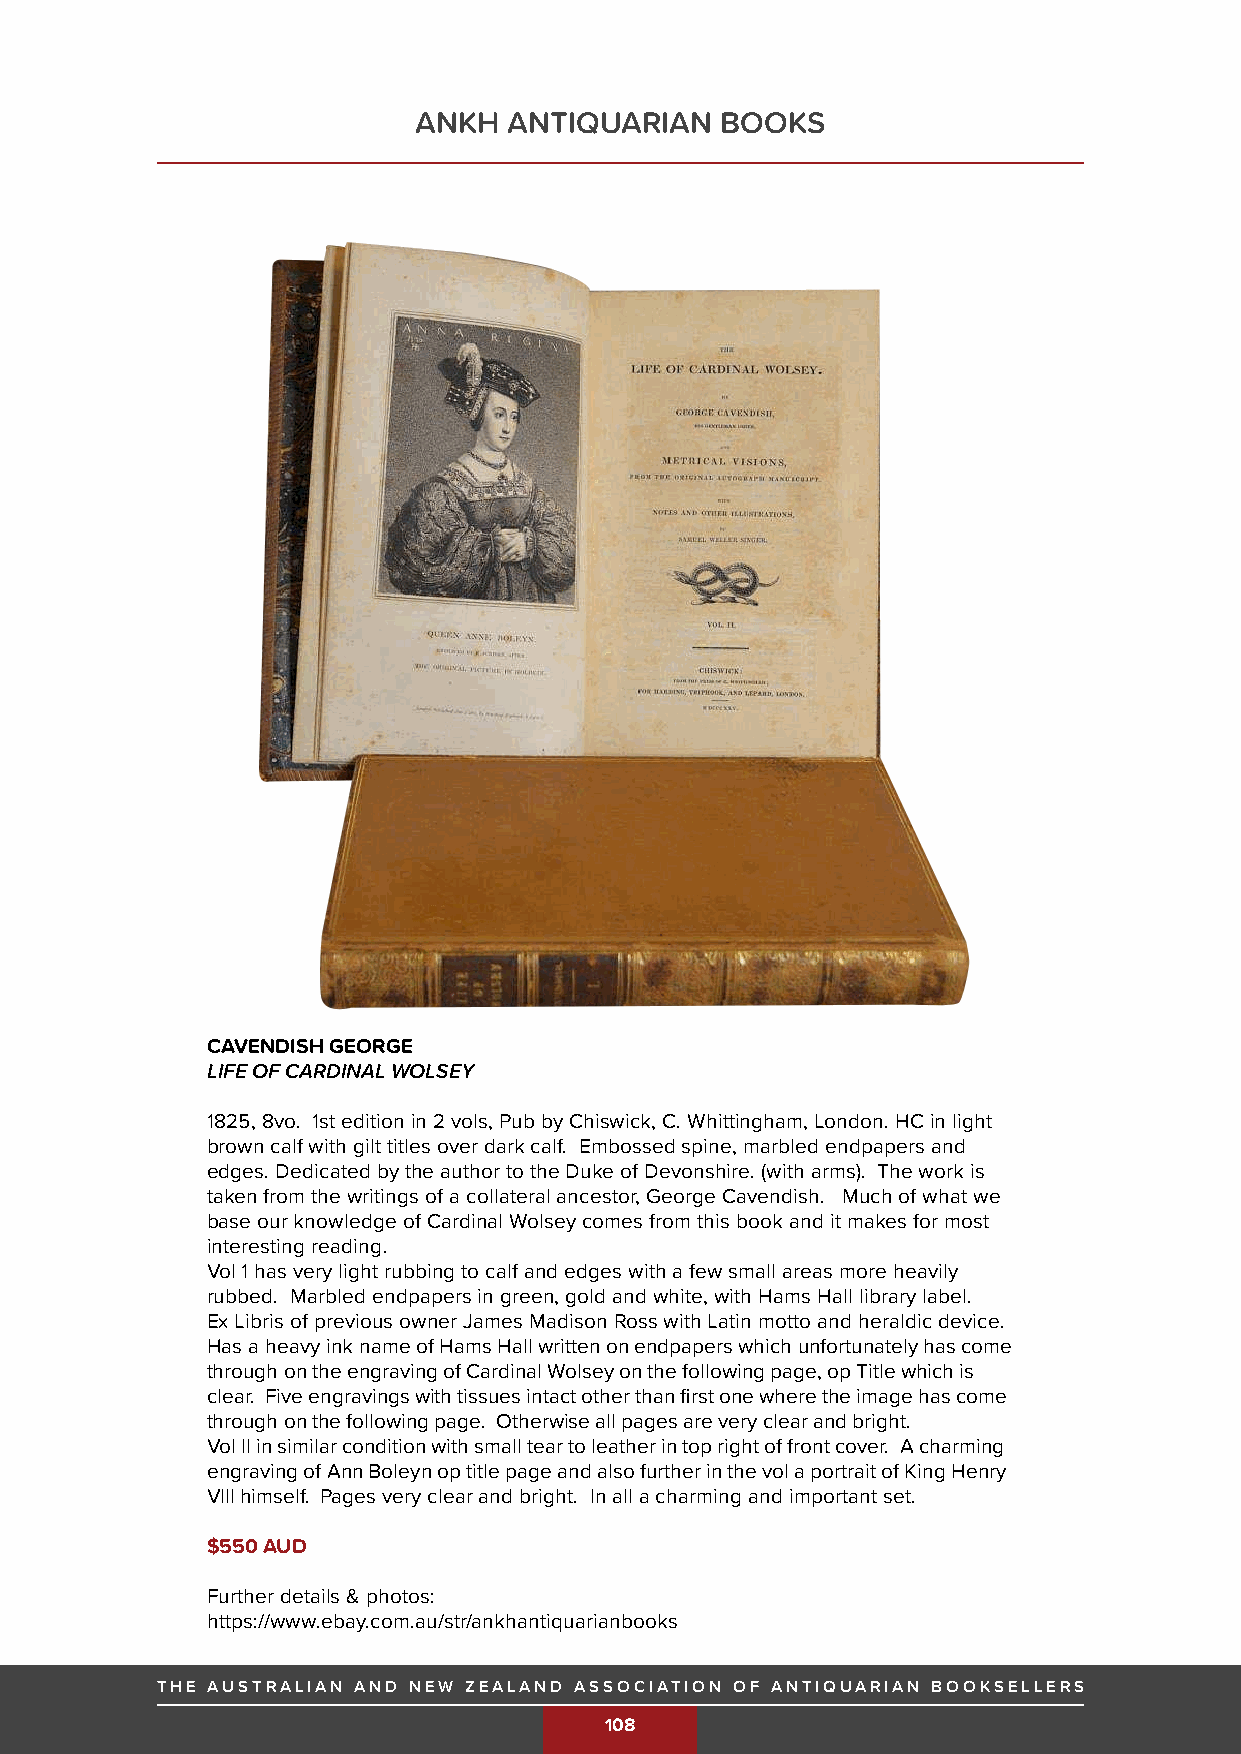
ANKH   ANTIQUARIAN   BOOKS
 CAVENDISH GEORGE
 LIFE OF CARDINAL WOLSEY
 1825, 8vo. 1st edition in 2 vols, Pub by Chiswick, C. Whittingham, London. HC in light
 brown calf with gilt titles over dark calf. Embossed spine, marbled endpapers and
 edges. Dedicated by the author to the Duke of Devonshire. (with arms). The work is
 taken from the writings of a collateral ancestor, George Cavendish. Much of what we
 base our knowledge of Cardinal Wolsey comes from this book and it makes for most
 interesting reading.
 Vol 1 has very light rubbing to calf and edges with a few small areas more heavily
 rubbed. Marbled endpapers in green, gold and white, with Hams Hall library label.
 Ex Libris of previous owner James Madison Ross with Latin motto and heraldic device.
 Has a heavy ink name of Hams Hall written on endpapers which unfortunately has come
 through on the engraving of Cardinal Wolsey on the following page, op Title which is
 clear. Five engravings with tissues intact other than first one where the image has come
 through on the following page. Otherwise all pages are very clear and bright.
 Vol II in similar condition with small tear to leather in top right of front cover. A charming
 engraving of Ann Boleyn op title page and also further in the vol a portrait of King Henry
 VIII himself. Pages very clear and bright. In all a charming and important set.
 $550 AUD
 Further details & photos:
 https://www.ebay.com.au/str/ankhantiquarianbooks
 THE AUSTRALIAN AND NEW ZEALAND ASSOCIATION OF ANTIQUARIAN BOOKSELLERS              THE AUSTRALIAN AND NEW ZEALAND ASSOCIATION OF ANTIQUARIAN BOOKSELLERS
 THE AUSTRALIAN AND NEW ZEALAND ASSOCIATION OF ANTIQUARIAN BOOKSELLERS
 108